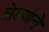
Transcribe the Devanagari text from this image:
तेल्याने